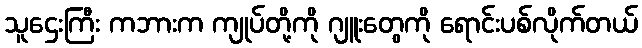
သူဌေးကြီး ကဘားက ကျုပ်တို့ကို ဂျူးတွေကို ရောင်းပစ်လိုက်တယ်